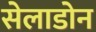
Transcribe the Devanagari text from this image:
सेलाडोन